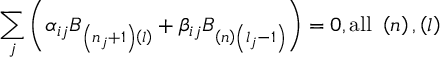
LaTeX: \sum _ { j } \left( \alpha _ { i j } B _ { \left( n _ { j } + 1 \right) \left( l \right) } + \beta _ { i j } B _ { \left( n \right) \left( l _ { j } - 1 \right) } \right) = 0 , \mathrm { a l l ~ } \left( n \right) , \left( l \right)